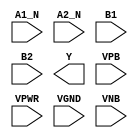
module sky130_fd_sc_ls__a2bb2oi (
    //# {{data|Data Signals}}
    input  A1_N,
    input  A2_N,
    input  B1  ,
    input  B2  ,
    output Y   ,

    //# {{power|Power}}
    input  VPB ,
    input  VPWR,
    input  VGND,
    input  VNB
);
endmodule